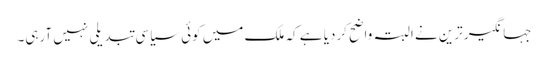
جہانگیر ترین نے البتہ واضح کردیا ہے کہ ملک میں کوئی سیاسی تبدیلی نہیں آرہی۔